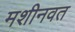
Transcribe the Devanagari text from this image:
मशीनवत